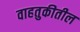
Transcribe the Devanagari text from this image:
वाहतुकीतील